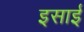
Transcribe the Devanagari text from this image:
इसार्इ